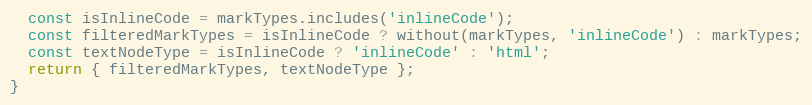
Language: JavaScript
  const isInlineCode = markTypes.includes('inlineCode');
  const filteredMarkTypes = isInlineCode ? without(markTypes, 'inlineCode') : markTypes;
  const textNodeType = isInlineCode ? 'inlineCode' : 'html';
  return { filteredMarkTypes, textNodeType };
}